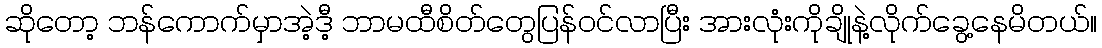
ဆိုတော့ ဘန်ကောက်မှာအဲ့ဒီ့ ဘာမထီစိတ်တွေပြန်ဝင်လာပြီး အားလုံးကိုချိုနဲ့လိုက်ခွေ့နေမိတယ်။